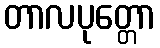
တာလပုတ္တော